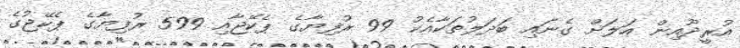
އުރީދޫއިން އަލަށް ގެނައި ބަދަލުތަކާއެކު 99 ރުފިޔާގެ ޕެކޭޖާއި 599 ރުފިޔާގެ ޕެކޭޖުގެ